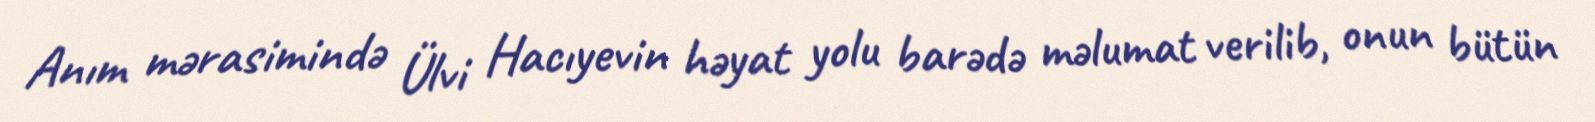
Anım mərasimində Ülvi Hacıyevin həyat yolu barədə məlumat verilib, onun bütün